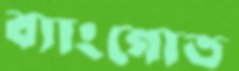
ব্যাংগোত